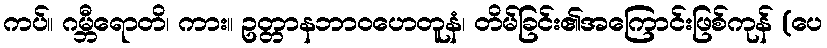
ကပ်။ ဂမ္ဘီရောတိ၊ ကား။ ဥတ္တာနဘာဝဟေတူနံ၊ တိမ်ခြင်း၏အကြောင်းဖြစ်ကုန် (ပေ